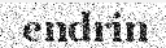
endrin